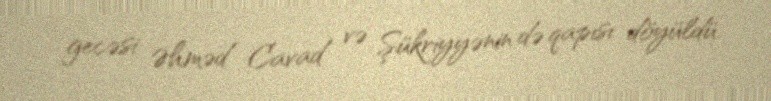
gecəsi Əhməd Cavad və Şükriyyənin də qapısı döyüldü.